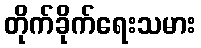
တိုက်ခိုက်ရေးသမား